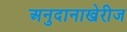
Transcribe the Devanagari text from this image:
अनुदानाखेरीज